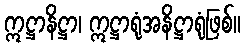
ဣဋ္ဌာနိဋ္ဌာ၊ ဣဋ္ဌာရုံအနိဋ္ဌာရုံဖြစ်။